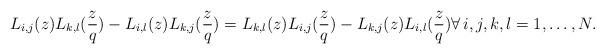
LaTeX: \begin{align*}L_{i,j}(z)L_{k,l}(\frac{z}{q})-L_{i,l}(z)L_{k,j}(\frac{z}{q})=L_{k,l}(z)L_{i,j}(\frac{z}{q})-L_{k,j}(z)L_{i,l}(\frac{z}{q}) \forall \,i,j,k,l=1,\dots, N.\end{align*}